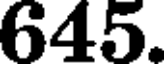
645.